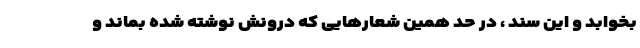
بخوابد و این سند ، در حد همین شعارهایی که درونش نوشته شده بماند و